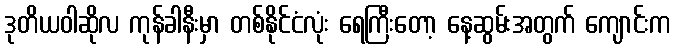
ဒုတိယဝါဆိုလ ကုန်ခါနီးမှာ တစ်နိုင်ငံလုံး ရေကြီးတော့ နေ့ဆွမ်းအတွက် ကျောင်းက